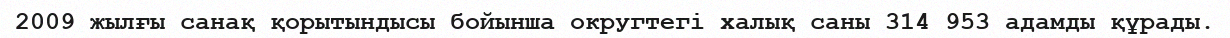
2009 жылғы санақ қорытындысы бойынша округтегі халық саны 314 953 адамды құрады.